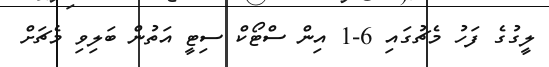
ލީގުގެ ފަހު މެޗުގައި 6-1 އިން ސްޓޯކް ސިޓީ އަތުން ބަލިވި މެޗަށް